system: You are a helpful assistant.
user:
Analyze the provided spectrum to determine if it is a **S-type Star**.

- **Key Indicators for S-type Star:**

    - **(Overall Spectrum Shape):** The first and most obvious characteristic is the overall continuum (the "baseline" shape). It is **extremely "red-sloping,"** meaning the flux (light intensity) is very low on the left side (blue, ~4000-4500 Å) and rises steeply and continuously toward the right side (red, ~7000 Å+).

    - **(Primary):** The spectrum is defined by the presence of strong, broad molecular absorption "valleys" (bands) from **Zirconium Oxide (ZrO)**. The identification of these bands is the **primary requirement** for classifying a star as S-type.
        - **(Key Bandheads):** You must find distinct, deep "dips" where the light has been absorbed. The most critical band systems to locate are:
            - **~6474 Å** ($\gamma$-system): This is often the strongest and clearest ZrO feature, found in the red part of the spectrum.
            - **~5718 Å** & **~5551 Å** ($\beta$-system): A pair of prominent absorption features in the yellow-orange part of the spectrum.
            - **~4640 Å** ($\alpha$-system): A key absorption band system in the blue-green region of the spectrum.

    - **(Secondary Confirmation):** The classification is strengthened by finding additional absorption bands from other related heavy element oxides, which are expected to be present alongside ZrO.
        - **(Key Bandheads):**
            - **Yttrium Oxide (YO):** Look for absorption dips near **~4800 Å** and **~6100 Å**.
            - **Lanthanum Oxide (LaO):** Additional absorption features, particularly in the red-orange part of the spectrum, are also characteristic.

    - **(Line Profile):** The combination of the steep red continuum and these numerous, deep molecular bands (ZrO, YO, etc.) gives the entire spectrum a very **"chopped-up"** or **"bumpy"** appearance. Instead of a smooth curve, the spectrum looks as though large, wide chunks of light have been "carved out" of it at the specific wavelengths listed above.

Think first, call **spectral_visualization_tool** if needed to examine features in detail, then provide your final answer. Your response must adhere to the following strict rules:
1.  **Overall Structure:** Your response must follow the format `<think>...</think> <tool_call>...</tool_call> (if a tool is used) <answer>...</answer>`.
2.  **Tool Usage Constraint:** You may only make **one** tool call per turn.
3.  **Final Answer Format:** In the `<answer>` tag, your conclusion must be inside a `\boxed{}` command (e.g., `\boxed{YES}` or `\boxed{NO}`), followed by your justification.

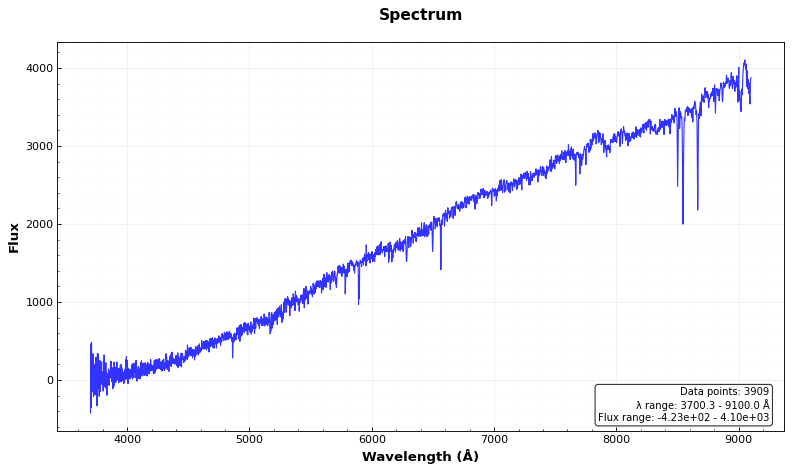
Answer: NO